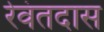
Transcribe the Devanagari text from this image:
रेवंतदास